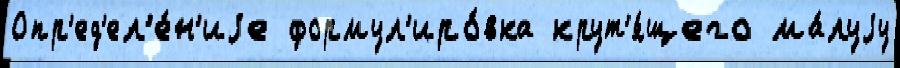
Опр'ед'ел'е́н'иjе формул'иро́вка крут'я́щего ма́луjу